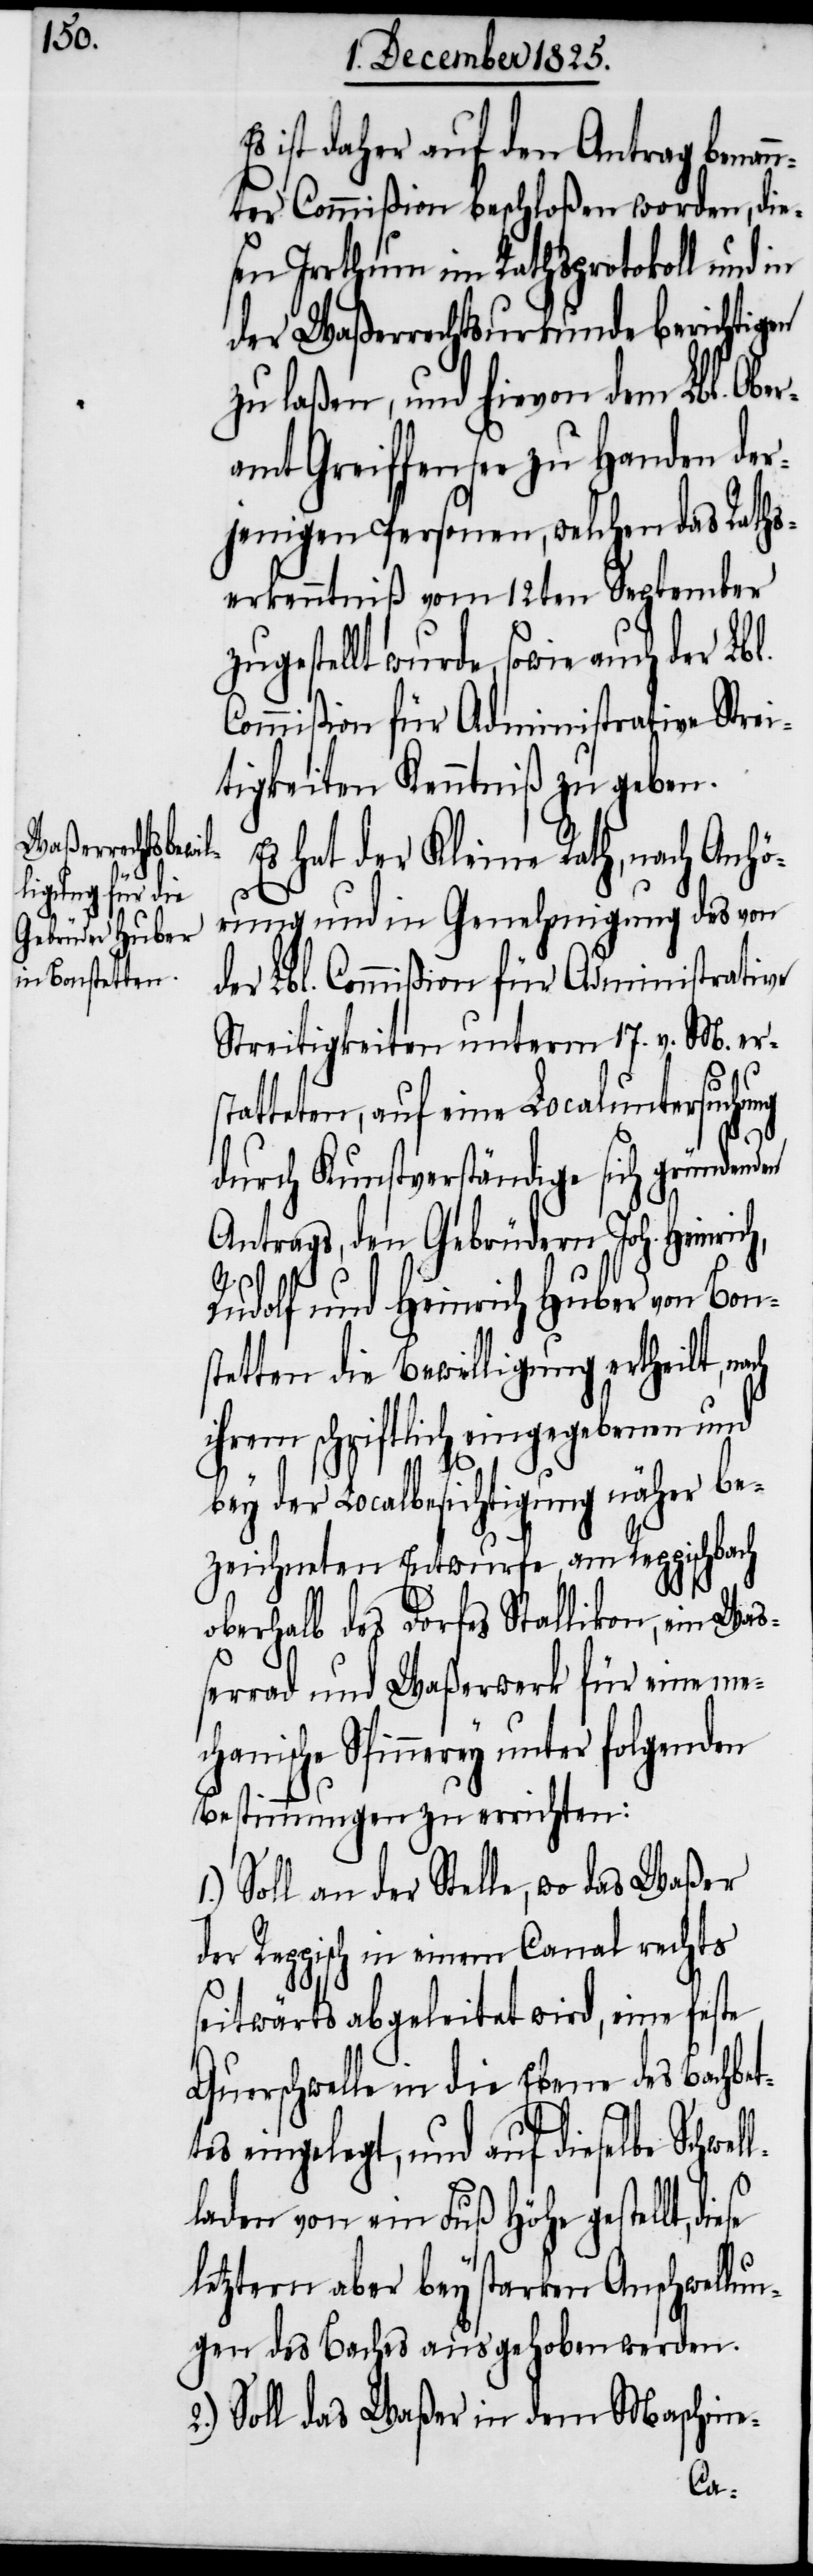
ist daher auf den Antrag benan¬
nter Commißion beschloßen worden, dies¬
erkenntnuß zugestellt wurde,
der Waßerrechtsurkunde berichtigen
zu laßen, und hievon dem Lbl. Obe¬
ramt Greiffensee zu Handen der¬
jenigen Personen, welchen das Raths¬
Commißion für Administrative Strei¬
tigkeiten Kenntniß zu geben.
der